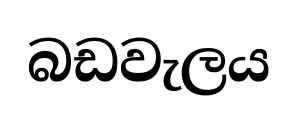
බඩවැලය